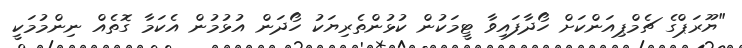
"ޔޫރަޕްގެ ޗެމްޕިއަންކަށް ހޯދާފައިވާ ޓީމަކުން ކުޅުންތެރިޔަކު ހޯދަން އުޅުމުން އެކަމާ ގޮތެއް ނިންމުމަކީ